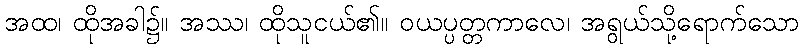
အထ၊ ထိုအခါ၌။ အဿ၊ ထိုသူငယ်၏။ ဝယပ္ပတ္တကာလေ၊ အရွယ်သို့ရောက်သော